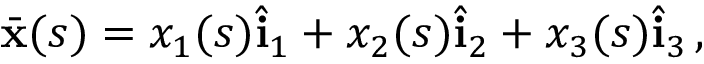
\bar { \mathbf { x } } ( s ) = x _ { 1 } ( s ) \hat { \mathbf { i } } _ { 1 } + x _ { 2 } ( s ) \hat { \mathbf { i } } _ { 2 } + x _ { 3 } ( s ) \hat { \mathbf { i } } _ { 3 } \, ,